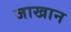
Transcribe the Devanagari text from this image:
जाखान